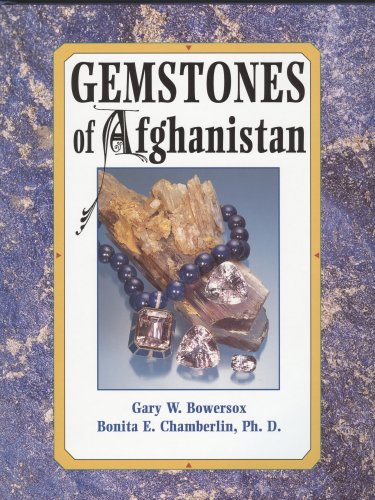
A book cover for Gemstones of Afghanistan; Gary W. Bowersox; Science & Math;